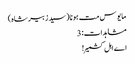
مایوس مت ہونا (سید زبیر شاہ)
مشاہدات: 3
اے اہل کشمیر !